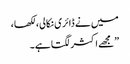
میں نے ڈائری نکالی، لکھا،
”مجھے اکثر لگتا ہے۔